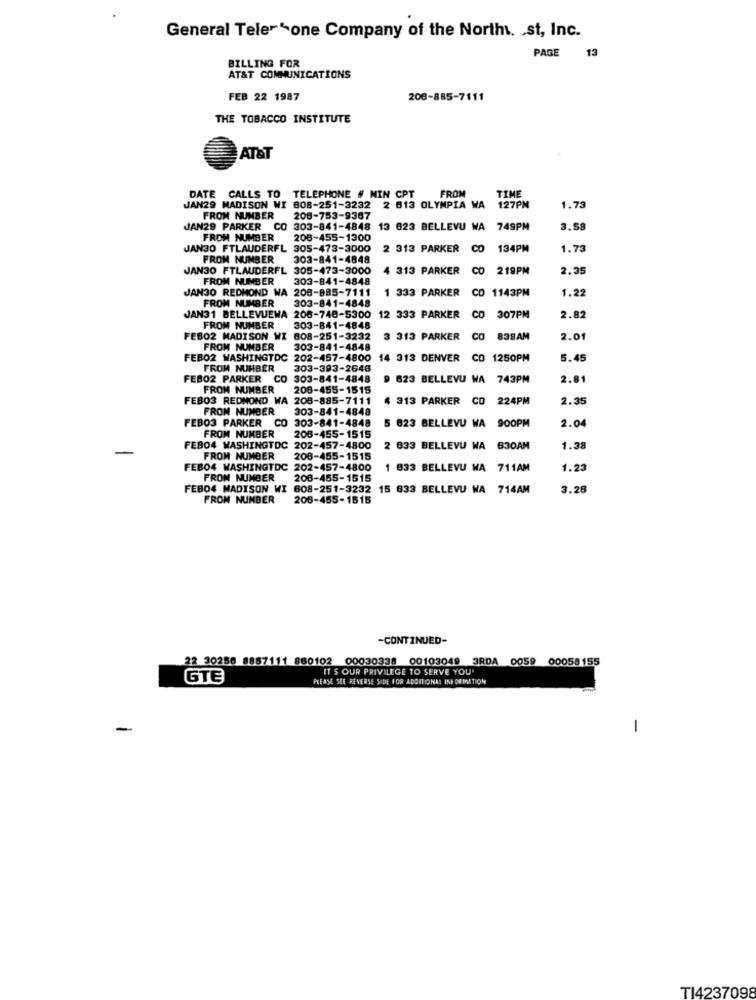
General Telerone Company of the North. . st, Inc.
BILLING FOR
PAGE 13
AT&T COMMUNICATIONS
FEB 22 1987
206-885-7111
THE TOBACCO INSTITUTE
AT&T
FROM
TIME
DATE CALLS TO TELEPHONE # MIN CPT
JAN29 MADISON WI 608-251-3232 2 613 OLYMPIA WA
127PM
1.73
FROM NUMBER
208-753-9367
JAN29 PARKER CO 303-841-4848 13 623 BELLEVU WA
749PM
3.58
FROM NUMBER
208-455-1300
JAN3O FTLAUDERFL 305-473-3000
2 313 PARKER
CO
134PM
1.73
FROM NUMBER
303-841-4848
JAN3O FTLAUDERFL 305-473-3000
4 313 PARKER
CO
219PM
2.35
FROM NUMBER
303-841-4848
JAN3O REDMOND WA 208-885-7111
1 333 PARKER
CD 1143PM
1.2
FROM NUMBER
303-841-4848
CO
JAN31 BELLEVUEWA 206-748-5300
12 333 PARKER
307PM
2.82
FROM NUMBER
303-841-4848
FEBO2 MADISON WI 808-251-3232
3 313 PARKER CO 838AM
838AM
2.01
FROM NUMBER
303-841-4848
FEBO2 WASHINGTDC 202-457-4800 14 313 DENVER
CO 1250PM
5.45
FROM NUMBER
303-393-2646
FEBO2 PARKER
CO 303-841-4848
623 BELLEVU WA
743PM
2.81
FROM NUMBER
208-455-1515
FEBO3 REDMOND WA
208-885-7111
4 313 PARKER
CO
224PM
2.35
FROM NUMBER
303-841-4848
FEBO3 PARKER CO
303-841-4848
5 623 BELLEVU WA
900PM
FROM NUMBER
208-455-1515
2.04
FEBO4 WASHINGTDC 202-457-4800
2 633 BELLEVU WA 630AM
1.38
FROM NUMBER
208-455-1515
FEBO4 WASHINGTDC 202-457-4800
1 833 BELLEVU WA 711AM
1.23
FROM NUMBER
208-455-1515
FEBO4 MADISON WI 608-251-3232
15 633 BELLEVU WA 714AM
3.28
FROM NUMBER
206-455-1515
-CONTINUED-
22 30256 8857111 860102
0102 00030338 00103049 3RDA 0059 00058155
IT'S OUR PRIVILEGE TO SERVE YOU'
GTE
PLEASE SEE REVERSE SIDE FOR ADDITIONAL INFORMATION
-
-
TI4237098